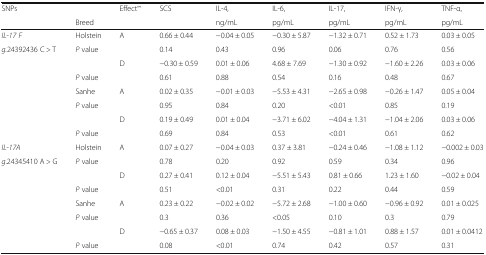
<table><thead><tr><td rowspan="2"><b>SNPs</b></td><td></td><td rowspan="2"><b>Effect<sup>∞</sup></b></td><td rowspan="2"><b>SCS</b></td><td><b>IL-4,</b></td><td><b>IL-6,</b></td><td><b>IL-17,</b></td><td><b>IFN-γ,</b></td><td><b>TNF-α,</b></td></tr><tr><td><b>Breed</b></td><td><b>ng/mL</b></td><td><b>pg/mL</b></td><td><b>pg/mL</b></td><td><b>pg/mL</b></td><td><b>pg/mL</b></td></tr></thead><tbody><tr><td><i>IL</i>-<i>17 F</i></td><td>Holstein</td><td>A</td><td>0.66 ± 0.44</td><td>−0.04 ± 0.05</td><td>−0.30 ± 5.87</td><td>−1.32 ± 0.71</td><td>0.52 ± 1.73</td><td>0.03 ± 0.05</td></tr><tr><td rowspan="7"><i>g.</i>24392436 C &gt; T</td><td colspan="2"><i>P</i> value</td><td>0.14</td><td>0.43</td><td>0.96</td><td>0.06</td><td>0.76</td><td>0.56</td></tr><tr><td></td><td>D</td><td>−0.30 ± 0.59</td><td>0.01 ± 0.06</td><td>4.68 ± 7.69</td><td>−1.30 ± 0.92</td><td>−1.60 ± 2.26</td><td>0.03 ± 0.06</td></tr><tr><td colspan="2"><i>P</i> value</td><td>0.61</td><td>0.88</td><td>0.54</td><td>0.16</td><td>0.48</td><td>0.67</td></tr><tr><td>Sanhe</td><td>A</td><td>0.02 ± 0.35</td><td>−0.01 ± 0.03</td><td>−5.53 ± 4.31</td><td>−2.65 ± 0.98</td><td>−0.26 ± 1.47</td><td>0.05 ± 0.04</td></tr><tr><td colspan="2"><i>P</i> value</td><td>0.95</td><td>0.84</td><td>0.20</td><td>&lt;0.01</td><td>0.85</td><td>0.19</td></tr><tr><td></td><td>D</td><td>0.19 ± 0.49</td><td>0.01 ± 0.04</td><td>−3.71 ± 6.02</td><td>−4.04 ± 1.31</td><td>−1.04 ± 2.06</td><td>0.03 ± 0.06</td></tr><tr><td colspan="2"><i>P</i> value</td><td>0.69</td><td>0.84</td><td>0.53</td><td>&lt;0.01</td><td>0.61</td><td>0.62</td></tr><tr><td><i>IL</i>-<i>17A</i></td><td>Holstein</td><td>A</td><td>0.07 ± 0.27</td><td>−0.04 ± 0.03</td><td>0.37 ± 3.81</td><td>−0.24 ± 0.46</td><td>−1.08 ± 1.12</td><td>−0.002 ± 0.03</td></tr><tr><td rowspan="7"><i>g</i>.24345410 A &gt; G</td><td colspan="2"><i>P</i> value</td><td>0.78</td><td>0.20</td><td>0.92</td><td>0.59</td><td>0.34</td><td>0.96</td></tr><tr><td></td><td>D</td><td>0.27 ± 0.41</td><td>0.12 ± 0.04</td><td>−5.51 ± 5.43</td><td>0.81 ± 0.66</td><td>1.23 ± 1.60</td><td>−0.02 ± 0.04</td></tr><tr><td colspan="2"><i>P</i> value</td><td>0.51</td><td>&lt;0.01</td><td>0.31</td><td>0.22</td><td>0.44</td><td>0.59</td></tr><tr><td>Sanhe</td><td>A</td><td>0.23 ± 0.22</td><td>−0.02 ± 0.02</td><td>−5.72 ± 2.68</td><td>−1.00 ± 0.60</td><td>−0.96 ± 0.92</td><td>0.01 ± 0.025</td></tr><tr><td colspan="2"><i>P</i> value</td><td>0.3</td><td>0.36</td><td>&lt;0.05</td><td>0.10</td><td>0.3</td><td>0.79</td></tr><tr><td></td><td>D</td><td>−0.65 ± 0.37</td><td>0.08 ± 0.03</td><td>−1.50 ± 4.55</td><td>−0.81 ± 1.01</td><td>0.88 ± 1.57</td><td>0.01 ± 0.0412</td></tr><tr><td colspan="2"><i>P</i> value</td><td>0.08</td><td>&lt;0.01</td><td>0.74</td><td>0.42</td><td>0.57</td><td>0.31</td></tr></tbody></table>